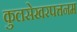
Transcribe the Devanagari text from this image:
कुलसेखरपत्तनम